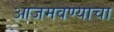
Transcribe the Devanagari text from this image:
आजमवण्याचा